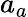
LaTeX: a_{a}